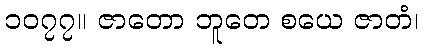
၁၀၇၇။ ဇာတော ဘူတေ စယေ ဇာတံ၊